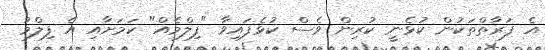
އެ ފަރާތްތަކުން ކުޅެނީ ކުރިން ވެސް ކުޅެފައިވާ "ފިލްމެއް" ކަމަށާއި އެ ފިލްމު